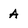
Character: A